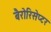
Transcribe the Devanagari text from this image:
बैरोरिसेप्टर